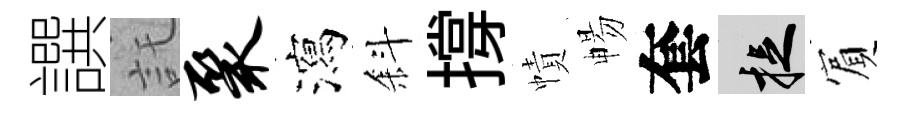
譔託聚瀉斜撐幘暢套捉賔